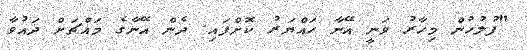
"ފުލުހުން މިހާރު ވަނީ އޭނާ ހައްޔަރު ކޮށްފައި. ދެން އޭނާގެ މައްޗަށް ދައުވާ